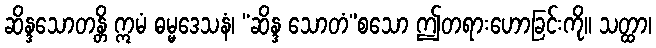
ဆိန္ဒသောတန္တိ ဣမံ ဓမ္မဒေသနံ၊ “ဆိန္ဒ သောတံ”စသော ဤတရားဟောခြင်းကို။ သတ္ထာ၊